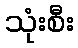
သုံးစီး